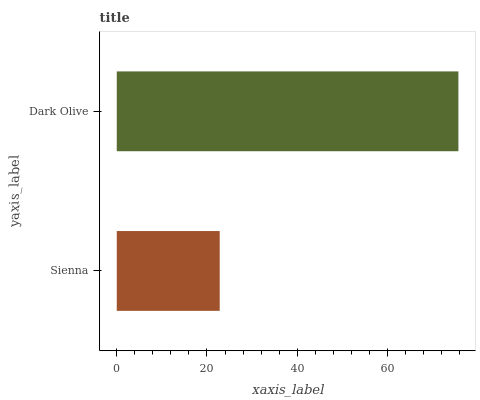
| yaxis_label | bars |
 | --- | --- |
 | Sienna | 22.8 |
 | Dark Olive | 75.7 |